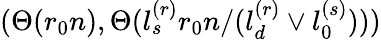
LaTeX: (\Theta(r_{0}n),\Theta(l_{s}^{(r)}r_{0}n/(l_{d}^{(r)}\vee l_{0}^{(s)})))